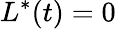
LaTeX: L^{*}(t)=0